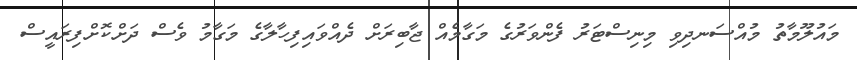
މައުލޫމާތު މުއްސަނދިވި މިނިސްޓަރު ފެންވަރުގެ މަގާމެއް ޖާބިރަށް ދެއްވައިފިހާލާގެ މަގާމު ވެސް ދަށްކޮށްފިރައީސް